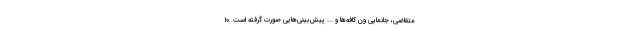
متقاضی، جانمایی ون کافه‌ها و ... پیش‌بینی‌هایی صورت گرفته است. ۱۰